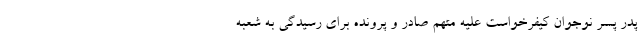
پدر پسر نوجوان کیفرخواست علیه متهم صادر و پرونده برای رسیدگی به شعبه